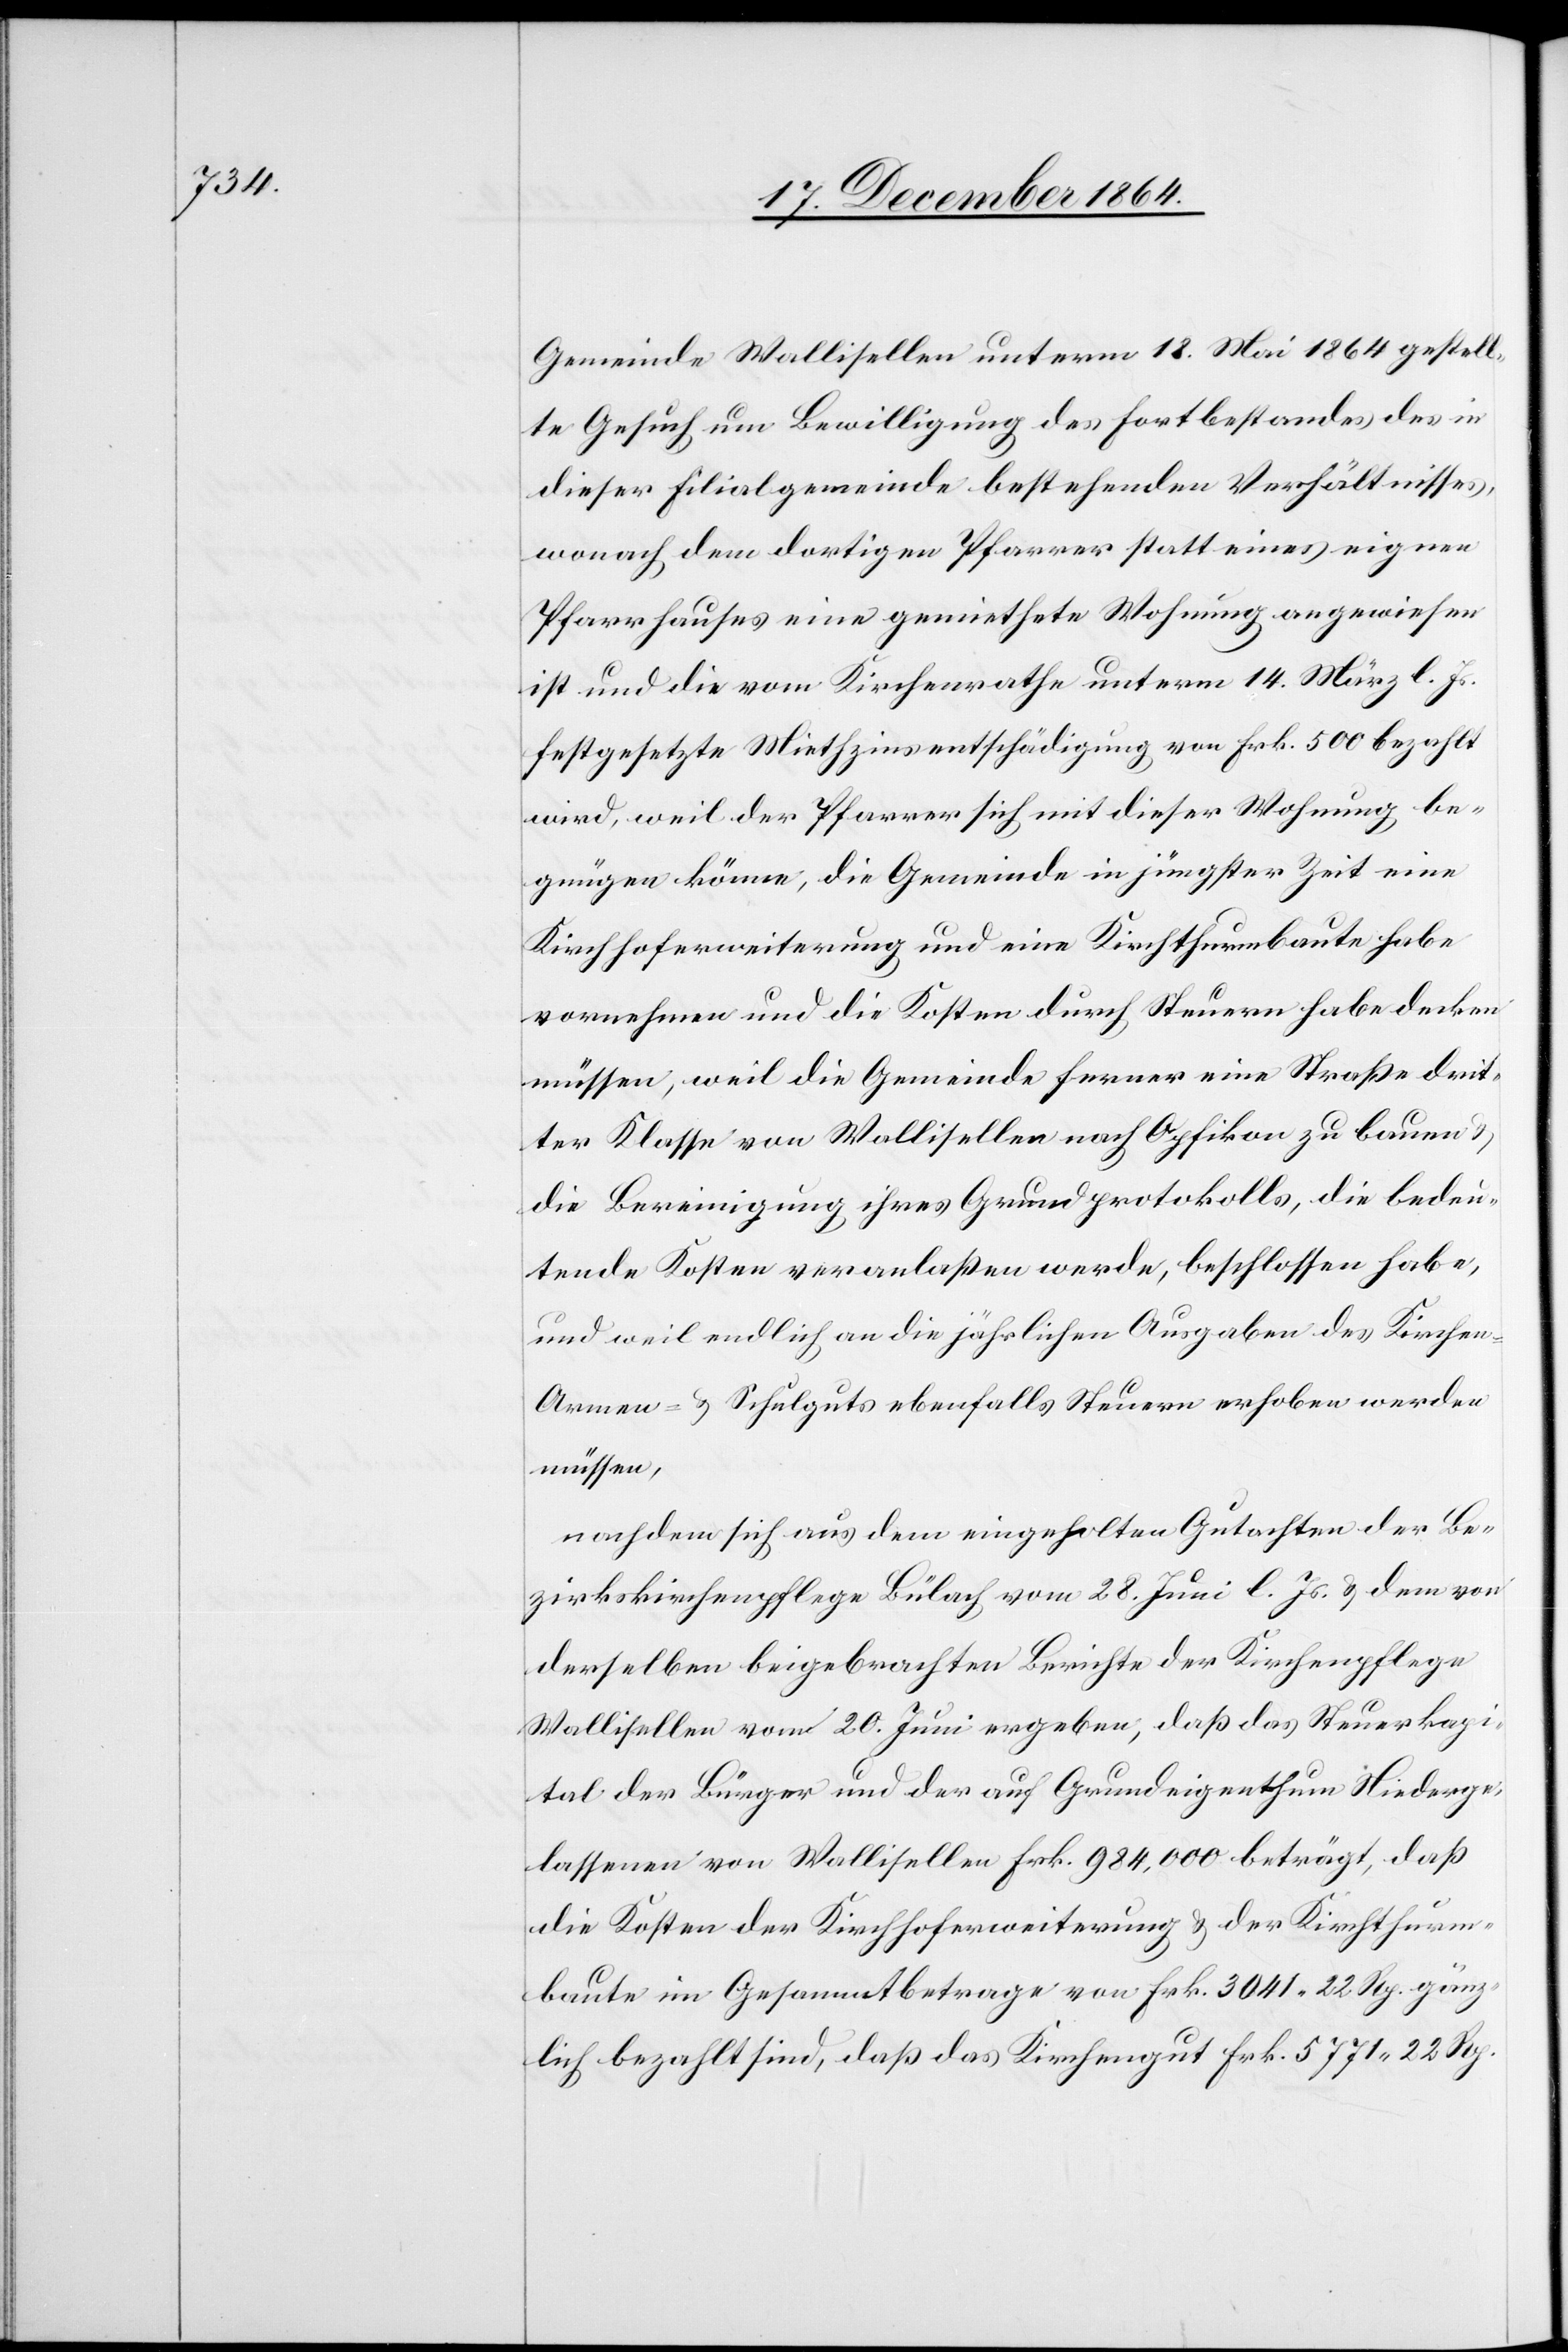
Gemeinde Wallisellen unterm 18. Mai 1864 gestell¬
te Gesuch um Bewilligung des Fortbestandes des in
dieser Filialgemeinde bestehenden Verhältnisses,
wonach dem dortigen Pfarrer statt eines eignen
Pfarrhauses eine gemiethete Wohnung angewiesen
ist und die vom Kirchenrathe unterm 14. März l. Js.
festgesetzte Miethzinsentschädigung von Frk. 500 bezahlt
dritter Klasse von Wallisellen nach Opfikon zu bauen
die Bereinigung ihres Grundprotokolls, die bedeu¬
tende Kosten veranlaßen werde, beschlossen habe,
und weil endlich an die jährlichen Ausgaben des Kirche¬
n-Armen- & Schulguts ebenfalls Steuern erhoben werden
müssen,
nachdem sich aus dem eingeholten Gutachten der Be¬
zirkskirchenpflege Bülach vom 28. Juni l. Js. & dem von
derselben beigebrachten Berichte der Kirchenpflege
Wallisellen vom 20. Juni ergeben, daß das Steuerkapi¬
tal der Bürger und der auf Grundeigenthum Niederge¬
lassenen von Wallisellen Frk. 984,000 beträgt, daß
die Kosten der Kirchhoferweiterung & der Kirchthurm¬
baute im Gesammtbetrage von Frk. 3 041.22 Rp. gänz¬
lich bezahlt sind, daß das Kirchengut Frk. 5 771.22 Rp.